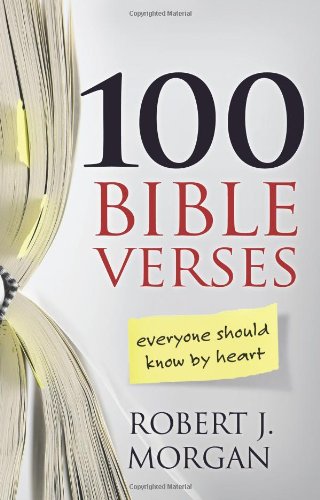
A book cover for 100 Bible Verses Everyone Should Know by Heart; Robert J. Morgan; Christian Books & Bibles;